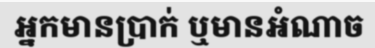
អ្នកមានប្រាក់ ឬមានអំណាច